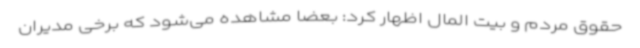
حقوق مردم و بیت المال اظهار کرد: بعضا مشاهده می‌شود که برخی مدیران